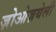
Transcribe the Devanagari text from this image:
ज़ोओज़थेली